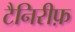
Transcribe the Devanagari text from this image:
टैनिरीफ़